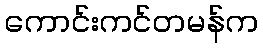
ကောင်းကင်တမန်က